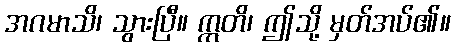
အဂမာသိ၊ သွားပြီ။ ဣတိ၊ ဤသို့ မှတ်အပ်၏။